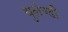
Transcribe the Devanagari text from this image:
थुलेण्डी